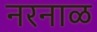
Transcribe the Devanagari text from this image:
नरनाळ